NAE_ERA_R-2324_Eesti_Vabariigi_Pohiseaduslik_Assamblee, lk 80
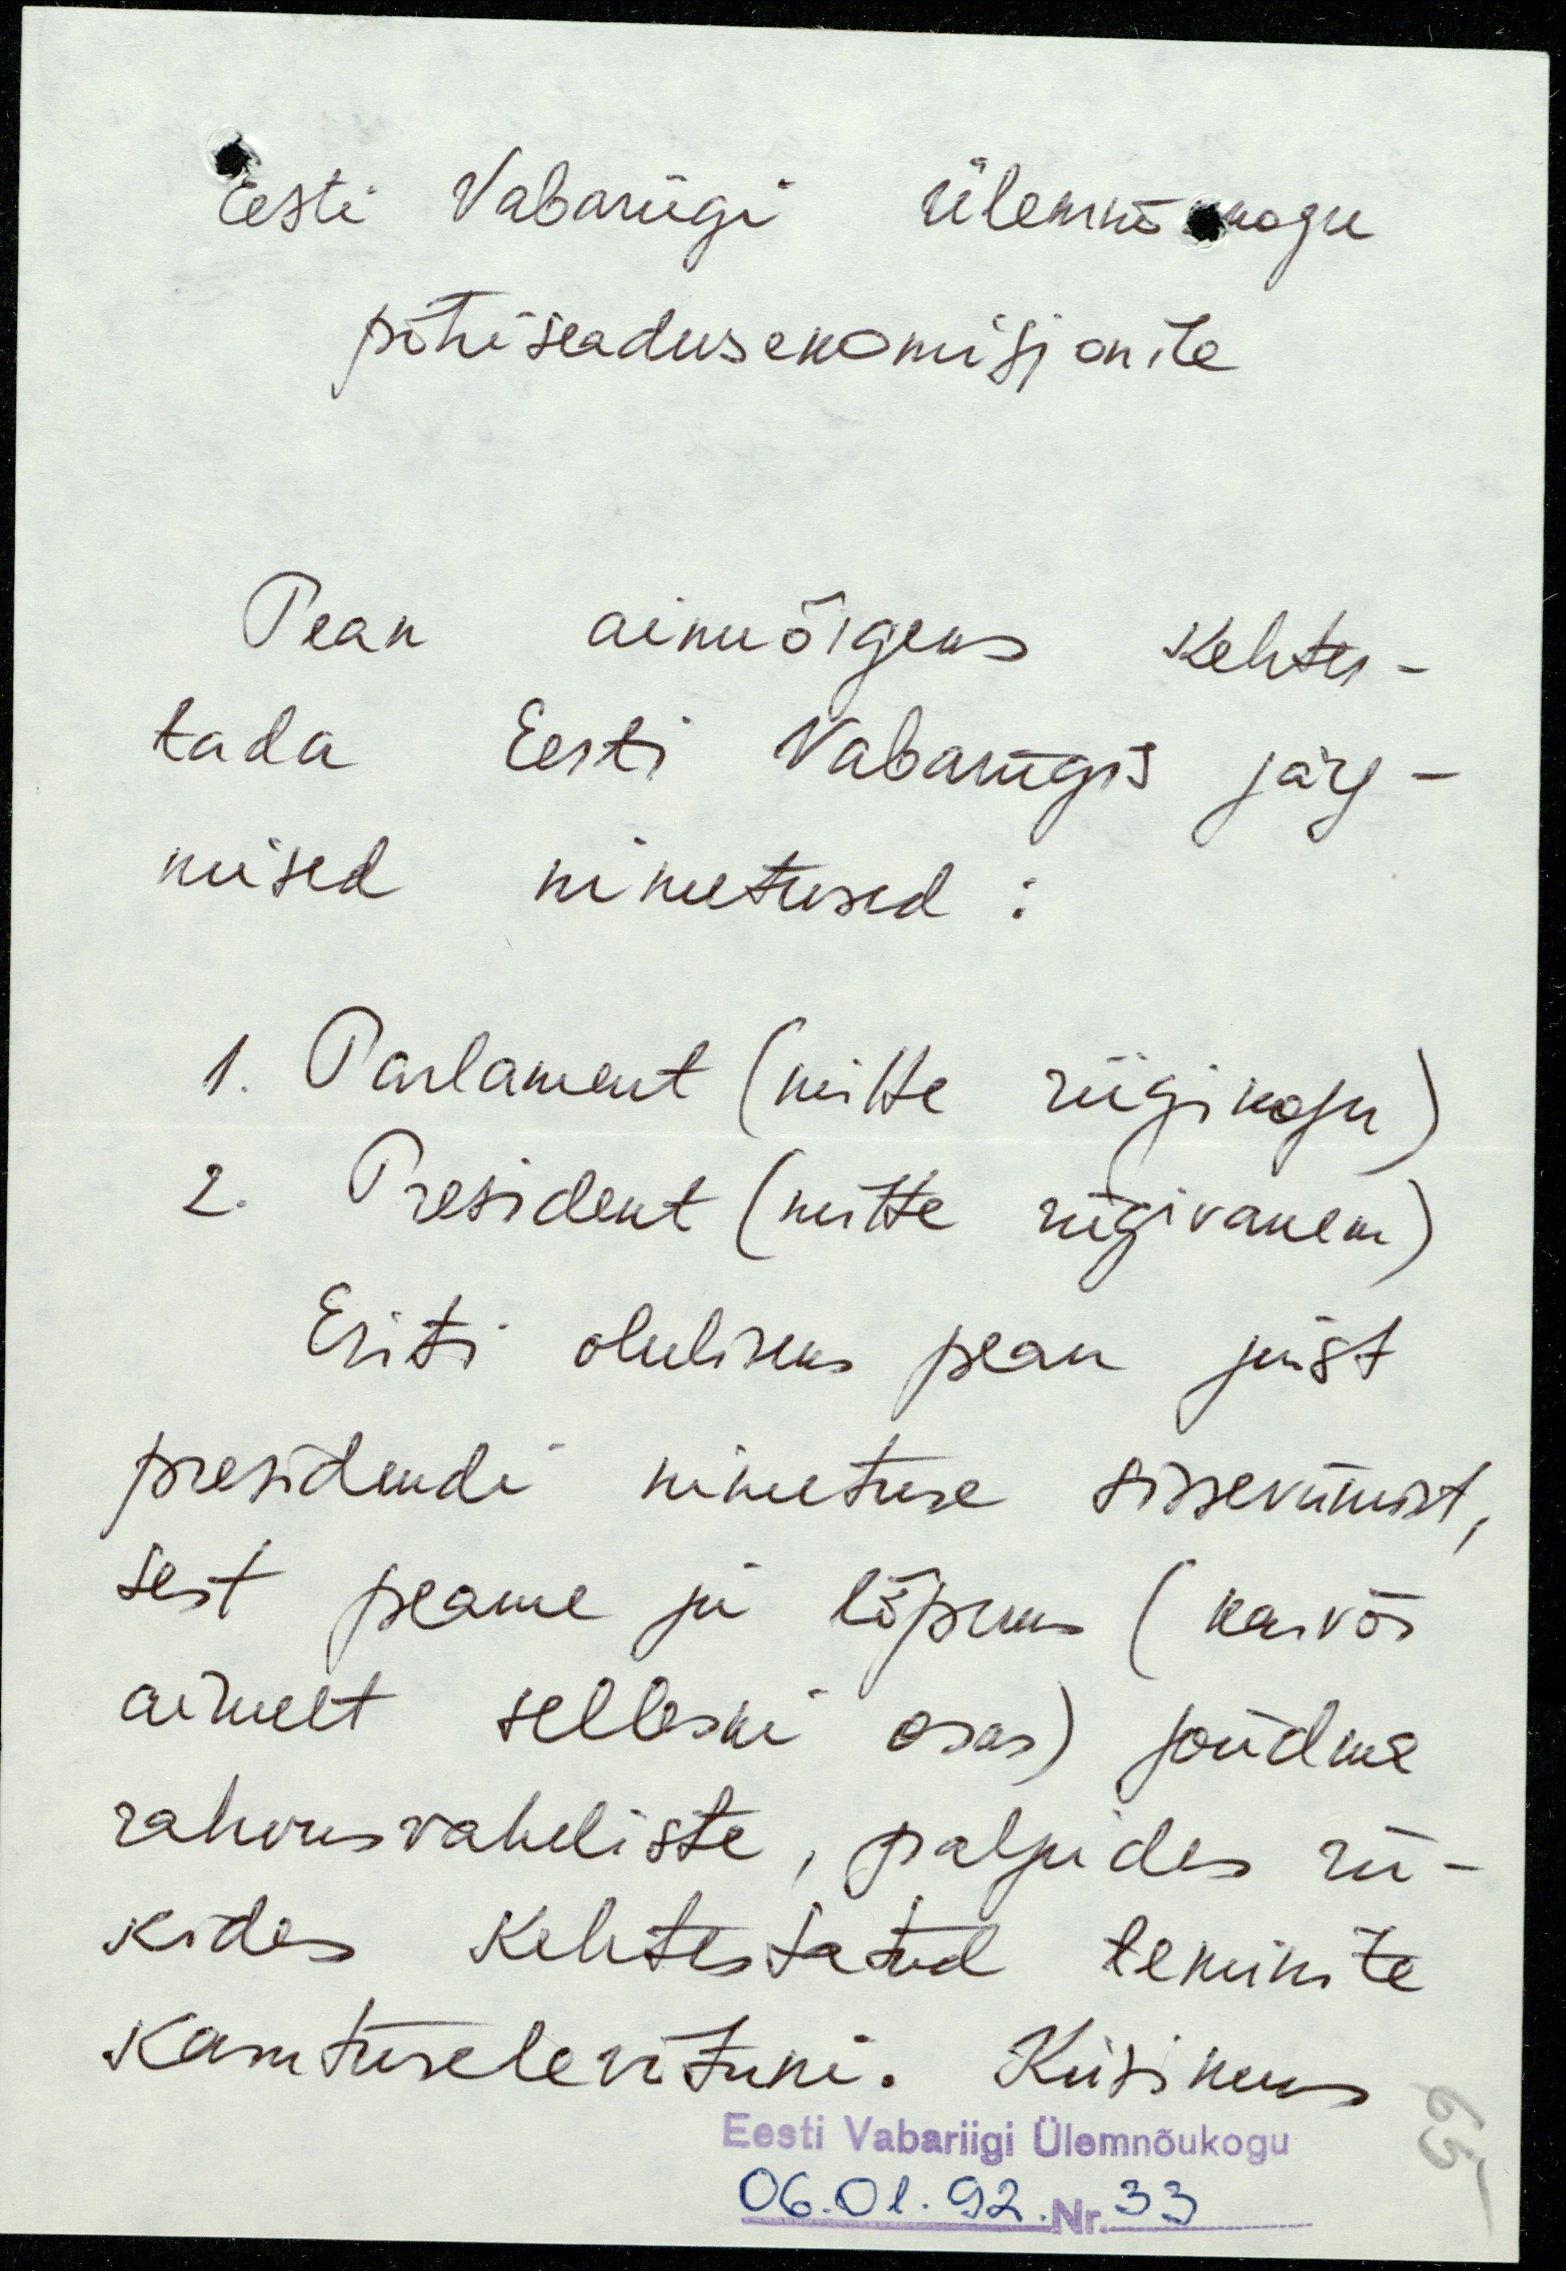
Eesti Vabariigi Ülemnõukogu
põhiseadusekomisjonile
Pean ainuõigeks kehtes-
tada Eesti Vabariigis järg-
mised nimetused:
1. Parlament (mitte riigikogu)
2. President (mitte riigivanem)
Eriti oluliseks pean just
presidendi nimetuse sisseviimist,
sest peame ju lõpuks (kasvõi
ainult selleski osas) jõudma
rahvusvaheliste, paljudes rii-
kides kehtestatud terminite
kasutuselevõtuni. Küsimus
Eesti Vabariigi Ülemnõukogu
06.01.92. Nr. 33